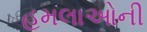
હૂમલાઓની